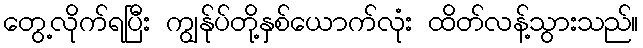
တွေ့လိုက်ရပြီး ကျွန်ုပ်တို့နှစ်ယောက်လုံး ထိတ်လန့်သွားသည်။